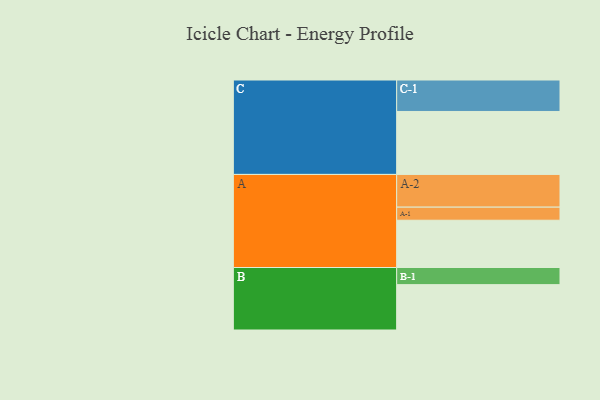
{"axis": {"x": "Segment", "y": "Value"}, "legend": ["", "A", "B", "C"], "data": [{"x": "A", "y": 422, "type": ""}, {"x": "B", "y": 405, "type": ""}, {"x": "C", "y": 562, "type": ""}, {"x": "A-1", "y": 117, "type": "A"}, {"x": "A-2", "y": 292, "type": "A"}, {"x": "B-1", "y": 153, "type": "B"}, {"x": "C-1", "y": 281, "type": "C"}]}